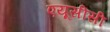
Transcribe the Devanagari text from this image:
एयूसीसी